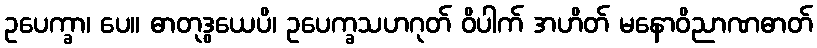
ဥပေက္ခာ၊ ပေ။ ဓာတုဒွယေပိ၊ ဥပေက္ခသဟဂုတ် ဝိပါက် အဟိတ် မနောဝိညာဏဓာတ်